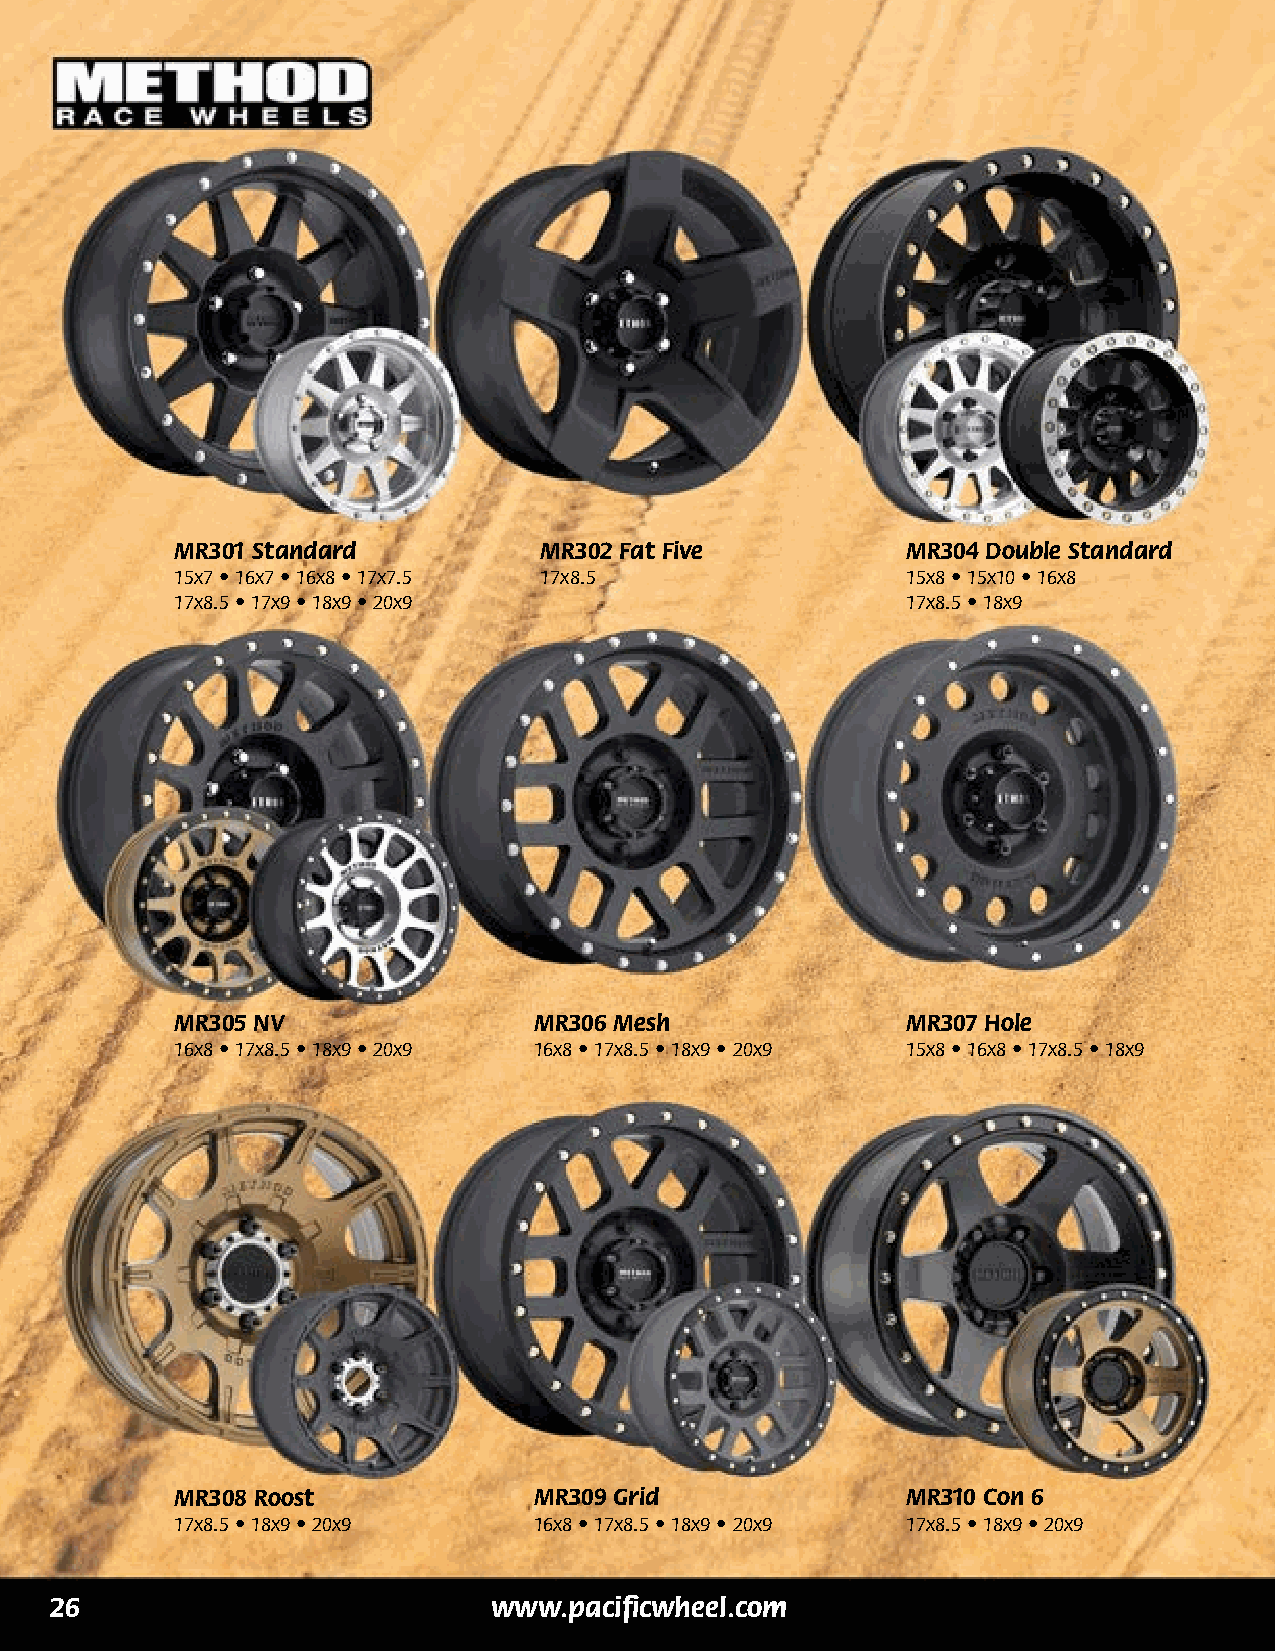
MR301 Standard          MR302 Fat Five          MR304 Double Standard
 15x7 • 16x7 • 16x8 • 17x7.5 17x8.5              15x8 • 15x10 • 16x8
 17x8.5 • 17x9 • 18x9 • 20x9                     17x8.5 • 18x9
 MR305 NV               MR306 Mesh               MR307 Hole
 16x8 • 17x8.5 • 18x9 • 20x9 16x8 • 17x8.5 • 18x9 • 20x9 15x8 • 16x8 • 17x8.5 • 18x9
 MR308 Roost            MR309 Grid               MR310 Con 6
 17x8.5 • 18x9 • 20x9   16x8 • 17x8.5 • 18x9 • 20x9 17x8.5 • 18x9 • 20x9
 1                             www.pacificwheel.com
 26                            www.pacificwheel.com